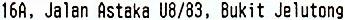
16A, JALAN ASTAKA U8/83, BUKIT JELUTONG